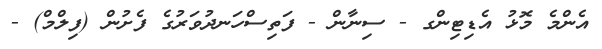
އެންމެ މޮޅު އެޑިޓިންގ - ސިނާން - ފަތިސްހަނދުވަރުގެ ފެށުން (ފިލްމް) -